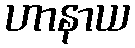
ဟာနာယ